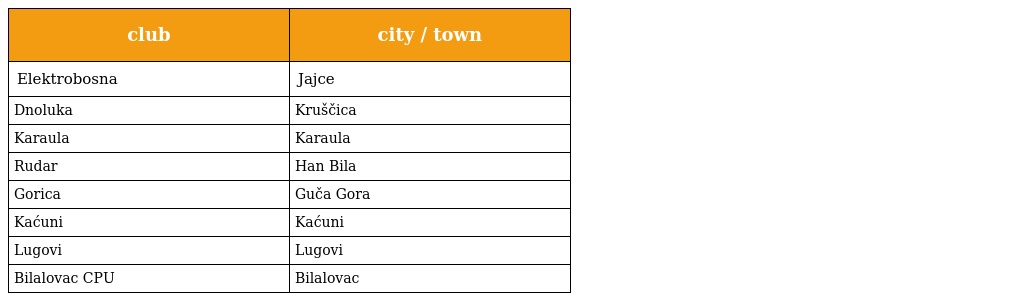
| club | city / town |
 | --- | --- |
 | Elektrobosna | Jajce |
 | Dnoluka | Kruščica |
 | Karaula | Karaula |
 | Rudar | Han Bila |
 | Gorica | Guča Gora |
 | Kaćuni | Kaćuni |
 | Lugovi | Lugovi |
 | Bilalovac CPU | Bilalovac |